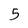
Character: 5